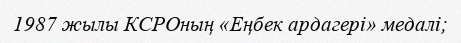
1987 жылы КСРОның «Еңбек ардагері» медалі;